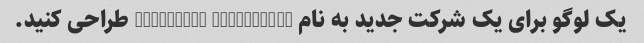
یک لوگو برای یک شرکت جدید به نام "MindLink Solutions" طراحی کنید.